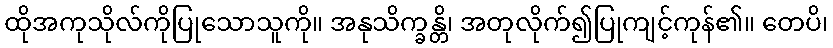
ထိုအကုသိုလ်ကိုပြုသောသူကို။ အနုသိက္ခန္တိ၊ အတုလိုက်၍ပြုကျင့်ကုန်၏။ တေပိ၊